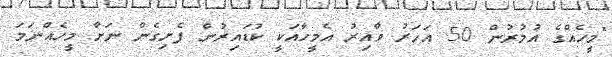
"މީހެއްގެ އުމުރުން 50 އަހަރު ވާއިރު އެމީހާއަކީ ކުޑައިރުން ފެށިގެން ނަށާ މީހެއްނަމަ